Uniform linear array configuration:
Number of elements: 16
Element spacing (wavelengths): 0.25
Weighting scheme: cosine
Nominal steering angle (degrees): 60
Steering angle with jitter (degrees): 61.796
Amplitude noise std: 0.05
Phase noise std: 0.05

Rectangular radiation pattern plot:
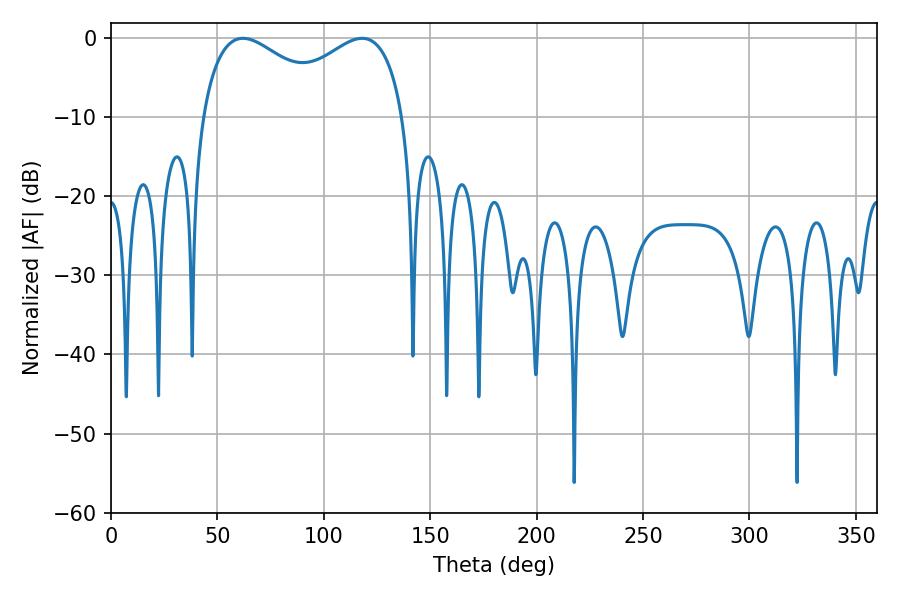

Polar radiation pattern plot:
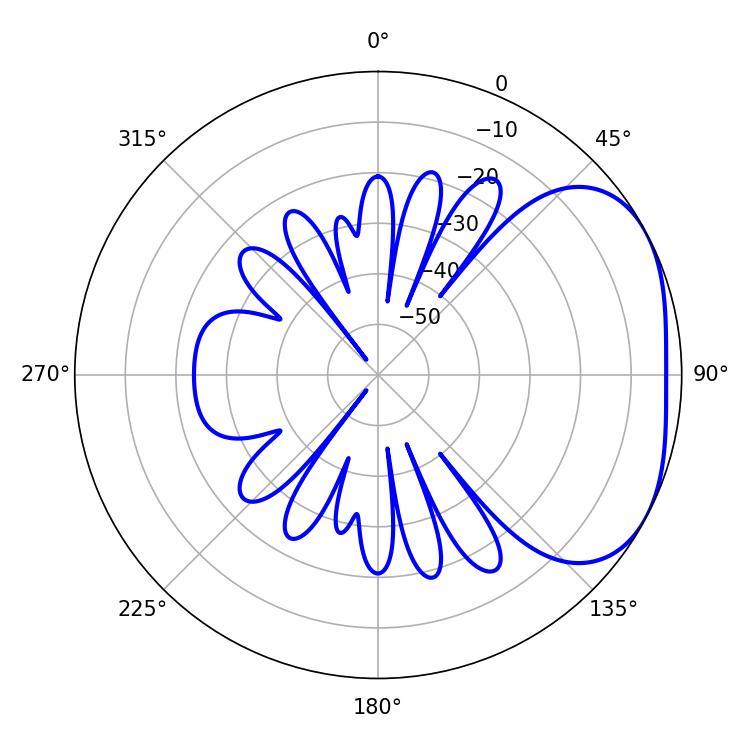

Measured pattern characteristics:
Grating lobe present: FALSE
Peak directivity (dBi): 3.001
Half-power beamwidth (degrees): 36.9
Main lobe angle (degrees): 61.92